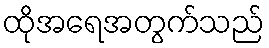
ထိုအရေအတွက်သည်